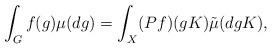
LaTeX: \begin{align*} \int_{G}f(g)\mu(dg) = \int_{X}(Pf)(gK)\tilde{\mu}(dgK),\end{align*}